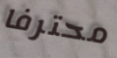
محترفا